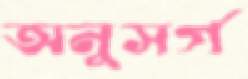
অনুসর্গ